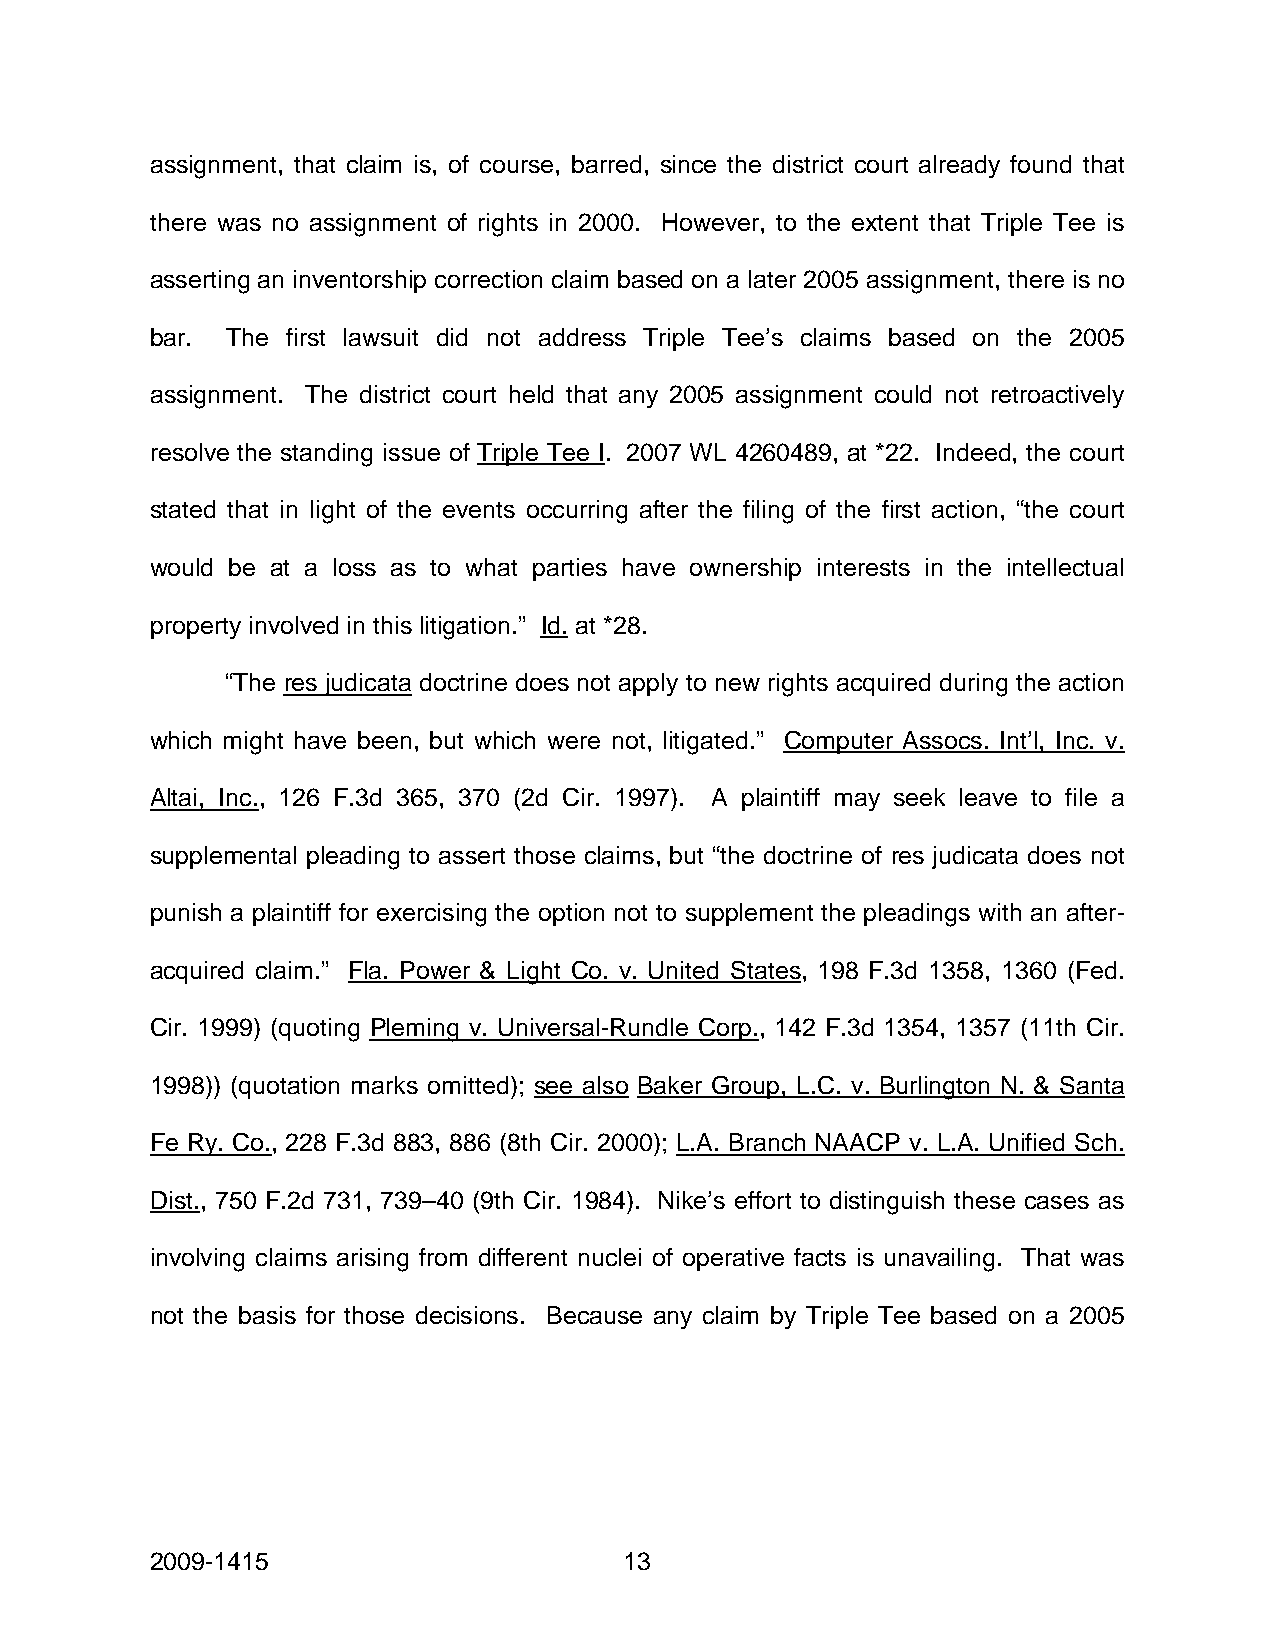
assignment, that claim is, of course, barred, since the district court already found that
 there was no assignment of rights in 2000. However, to the extent that Triple Tee is
 asserting an inventorship correction claim based on a later 2005 assignment, there is no
 bar. The first lawsuit did not address Triple Tee’s claims based on the 2005
 assignment. The district court held that any 2005 assignment could not retroactively
 resolve the standing issue of Triple Tee I. 2007 WL 4260489, at *22. Indeed, the court
 stated that in light of the events occurring after the filing of the first action, “the court
 would be at a loss as to what parties have ownership interests in the intellectual
 property involved in this litigation.” Id. at *28.
 “The res judicata doctrine does not apply to new rights acquired during the action
 which might have been, but which were not, litigated.” Computer Assocs. Int’l, Inc. v.
 Altai, Inc., 126 F.3d 365, 370 (2d Cir. 1997). A plaintiff may seek leave to file a
 supplemental pleading to assert those claims, but “the doctrine of res judicata does not
 punish a plaintiff for exercising the option not to supplement the pleadings with an after-
 acquired claim.” Fla. Power & Light Co. v. United States, 198 F.3d 1358, 1360 (Fed.
 Cir. 1999) (quoting Pleming v. Universal-Rundle Corp., 142 F.3d 1354, 1357 (11th Cir.
 1998)) (quotation marks omitted); see also Baker Group, L.C. v. Burlington N. & Santa
 Fe Ry. Co., 228 F.3d 883, 886 (8th Cir. 2000); L.A. Branch NAACP v. L.A. Unified Sch.
 Dist., 750 F.2d 731, 739–40 (9th Cir. 1984). Nike’s effort to distinguish these cases as
 involving claims arising from different nuclei of operative facts is unavailing. That was
 not the basis for those decisions. Because any claim by Triple Tee based on a 2005
 2009-1415                      13